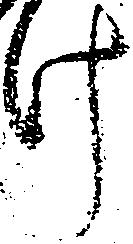
け